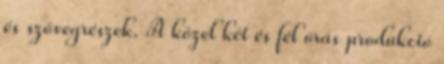
és szövegrészek. A közel két és fél órás produkció